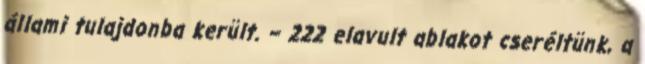
állami tulajdonba került. – 222 elavult ablakot cseréltünk, a